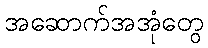
အဆောက်အအုံတွေ